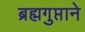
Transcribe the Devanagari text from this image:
ब्रह्मगुप्ताने